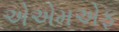
એએમએફ